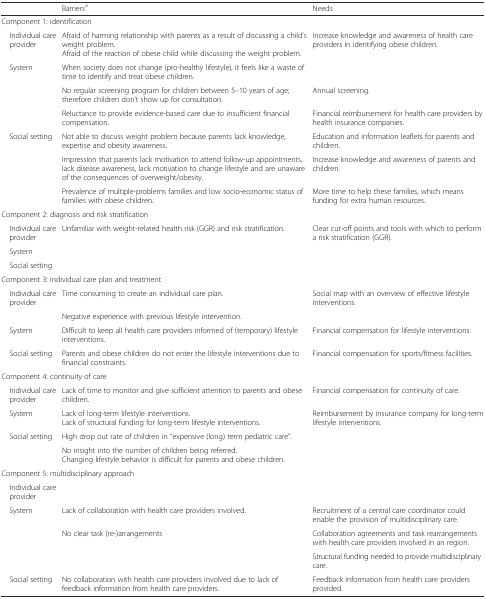
|  | Barriersa | Needs |
 | --- | --- | --- |
 | <COLSPAN=3> Component 1: identification |
 | Individual care provider | Afraid of harming relationship with parents as a result of discussing a child’s weight problem.Afraid of the reaction of obese child while discussing the weight problem. | Increase knowledge and awareness of health care providers in identifying obese children. |
 | System | When society does not change (pro-healthy lifestyle), it feels like a waste of time to identify and treat obese children. |  |
 |  | No regular screening program for children between 5–10 years of age; therefore children don’t show up for consultation. | Annual screening. |
 |  | Reluctance to provide evidence-based care due to insufficient financial compensation. | Financial reimbursement for health care providers by health insurance companies. |
 | Social setting | Not able to discuss weight problem because parents lack knowledge, expertise and obesity awareness. | Education and information leaflets for parents and children. |
 | <ROWSPAN=2>  | Impression that parents lack motivation to attend follow-up appointments, lack disease awareness, lack motivation to change lifestyle and are unaware of the consequences of overweight/obesity. | Increase knowledge and awareness of parents and children. |
 | Prevalence of multiple-problems families and low socio-economic status of families with obese children. | More time to help these families, which means funding for extra human resources. |
 | <COLSPAN=3> Component 2: diagnosis and risk stratification |
 | Individual care provider | Unfamiliar with weight-related health risk (GGR) and risk stratification. | Clear cut-off points and tools with which to perform a risk stratification (GGR). |
 | System | <COLSPAN=2>  |
 | Social setting | <COLSPAN=2>  |
 | <COLSPAN=3> Component 3: individual care plan and treatment |
 | Individual care provider | Time consuming to create an individual care plan. | Social map with an overview of effective lifestyle interventions. |
 |  | Negative experience with previous lifestyle intervention. |  |
 | System | Difficult to keep all health care providers informed of (temporary) lifestyle interventions. | Financial compensation for lifestyle interventions. |
 | Social setting | Parents and obese children do not enter the lifestyle interventions due to financial constraints. | Financial compensation for sports/fitness facilities. |
 | <COLSPAN=2> Component 4: continuity of care |  |
 | Individual care provider | Lack of time to monitor and give sufficient attention to parents and obese children. | Financial compensation for continuity of care. |
 | System | Lack of long-term lifestyle interventions.Lack of structural funding for long-term lifestyle interventions. | Reimbursement by insurance company for long-term lifestyle interventions. |
 | Social setting | High drop out rate of children in “expensive (long) term pediatric care”. |  |
 |  | No insight into the number of children being referred.Changing lifestyle behavior is difficult for parents and obese children. |  |
 | <COLSPAN=3> Component 5: multidisciplinary approach |
 | Individual care provider | <COLSPAN=2>  |
 | System | Lack of collaboration with health care providers involved. | Recruitment of a central care coordinator could enable the provision of multidisciplinary care. |
 |  | No clear task (re-)arrangements | Collaboration agreements and task rearrangements with health care providers involved in an region. |
 |  |  | Structural funding needed to provide multidisciplinary care. |
 | Social setting | No collaboration with health care providers involved due to lack of feedback information from health care providers. | Feedback information from health care providers provided. |